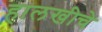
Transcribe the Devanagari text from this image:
हालखीचे